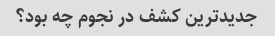
جدیدترین کشف در نجوم چه بود؟